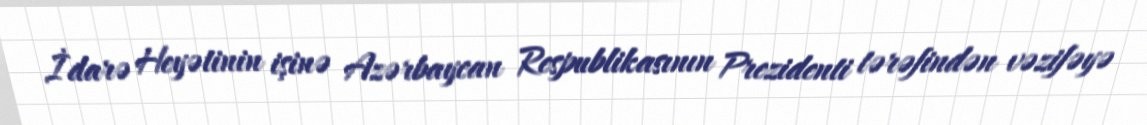
İdarə Heyətinin işinə Azərbaycan Respublikasının Prezidenti tərəfindən vəzifəyə